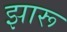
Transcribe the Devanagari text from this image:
झारू